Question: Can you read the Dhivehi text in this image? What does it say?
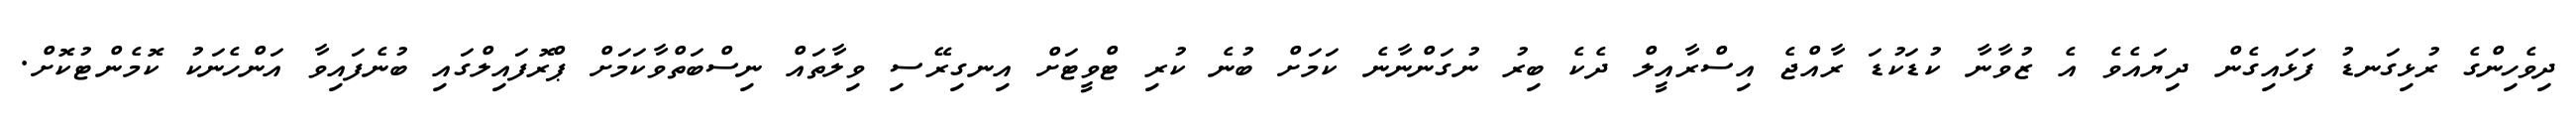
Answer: ދިވެހިންގެ ރުޅިގަނޑު ފަޅައިގެން ދިޔައެވެ އެ ޒުވާނާ ކުޑަކުޑަ ރާއްޖެ އިސްރާއީލް ދެކެ ބިރު ނުގަންނާނެ ކަމަށް ބުނެ ކުރި ޓްވީޓަށް އިނގިރޭސި ވިލާތައް ނިސްބަތްވާކަމަށް ޕްރޮފައިލްގައި ބުނެފައިވާ އަންހެނަކު ކޮމެންޓުކޮށް.